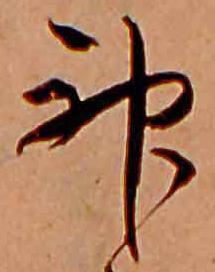
神